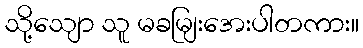
သို့သျော သူ မခမျြးအေးပါတကား။